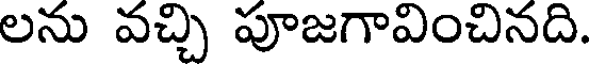
లను వచ్చి పూజగావించినది.